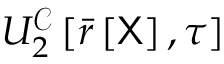
U _ { 2 } ^ { \mathcal { C } } \left[ \bar { r } \left[ \mathsf { X } \right] , \tau \right]